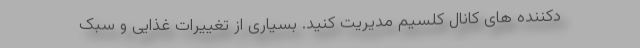
دکننده های کانال کلسیم مدیریت کنید. بسیاری از تغییرات غذایی و سبک